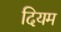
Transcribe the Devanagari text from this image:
दियम